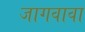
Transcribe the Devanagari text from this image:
जागवावा